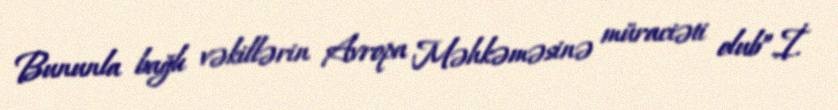
Bununla bağlı vəkillərin Avropa Məhkəməsinə müraciəti olub”.İ.